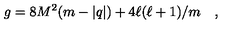
g = 8 M ^ { 2 } ( m - | q | ) + 4 \ell ( \ell + 1 ) / m \quad ,